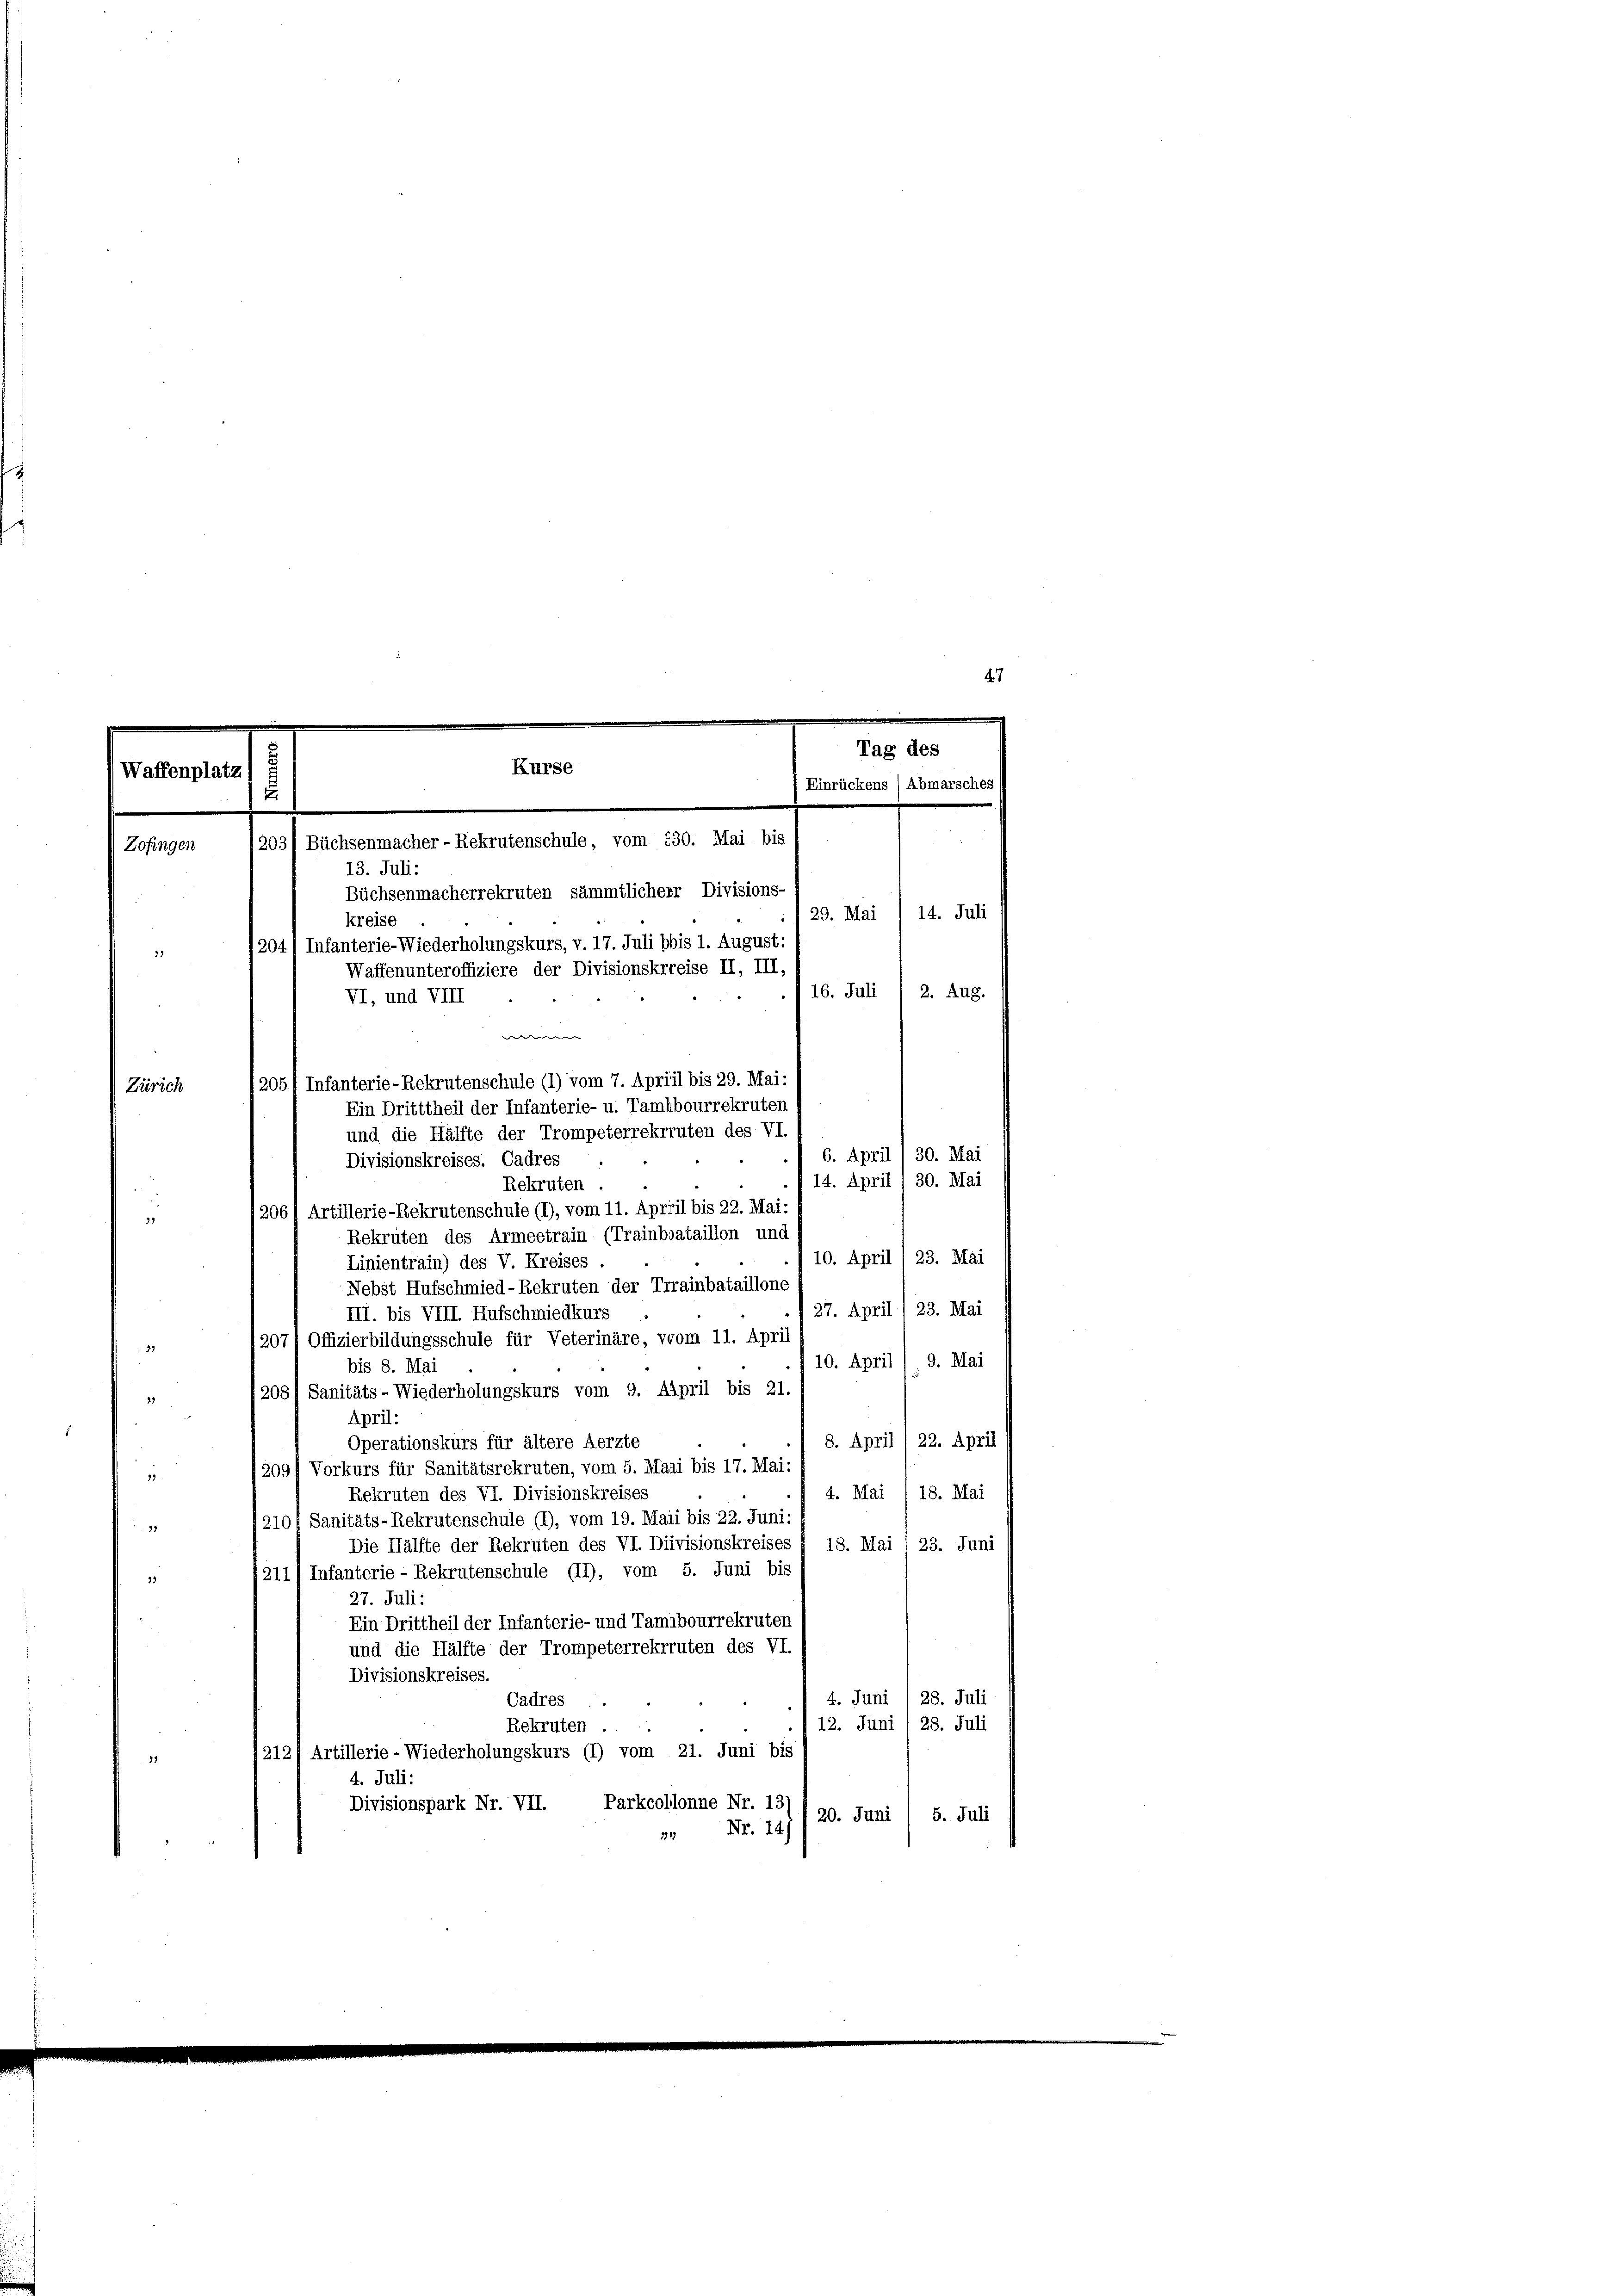
9
23
2)

Tag des
Kurse
Waffenplatz
Einrückens / Abmarsches
.
Büchsenmacher - Rekrutenschule, vom 530. Mai bis
20:
Zofingen

47

13. Juli:
Büchsenmacherrekruten sämmtlicherr Divisions-
29. Mai
kreise.
204/ Infanterie-Wiederholungskurs, v. 17. Juli bis 1. August.
32
Waffenunteroffiziere der Divisionskrreise II, III.
16. Juli
2. Aug.
VI, und VIII
w
205/ Infanterie-Rekrutenschule (1) vom 7. Aprill bis 29. Mai:
Zürich
Ein Dritttheil der Infanterie- u. Tambourrekruter
und die Hälfte der Trompeterrekruten des VI.
30. Mai
6. April
Divisionskreises. Cadres
14. April 30. Mai
Rekruten.
/2061 Artillerie-Rekrutenschule (1), vom 11. April bis 22. Mai:
Rekruten des Armeetrain (Trainbataillon und
10. April 23. Mai
Linientrain) des V. Kreises
Nebst Hufschmied-Rekruten der Trrainbataillone
27. April) 23. Mai
III. bis VIII. Hufschmiedkurs
207/ Offizierbildungsschule für Veterinäre, vom 11. April
10. April) 9. Mai
bis 8. Mai
/2081 Sanitäts- Wiederholungskurs vom 9. April bis 21.
April:
8. April 1 22. April
Operationskurs für ältere Aerzte
209) Vorkurs für Sanitätsrekruten, vom 5. Mai bis 17. Mai:
25
4. Mai 18. Mai
Rekruten des VI. Divisionskreises
3101 Sanitäts-Rekrutenschule (1), vom 19. Maii bis 22. Juni:
88.
Die Hälfte der Rekruten des VI. Diivisionskreises / 18. Mai 1 23. Juni
211/ Infanterie - Rekrutenschule (II), vom 5. Juni bis
99
27. Juli:
Ein Drittheil der Infanterie- und Tambourrekruten
und die Hälfte der Trompeterrekruten des VI.
Divisionskreises.
4. Juni / 28. Juli
Cadres
12. Juni / 28. Juli
Rekruten.
1212f Artillerie-Wiederholungskurs (1) vom 21. Juni bis
4. Juli:
Divisionspark Nr. VII. Parkcollonne Nr. 137
20. Juni / 5. Juli
21 Nr. 14)

14. Juli